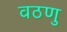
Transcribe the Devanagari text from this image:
वठणु